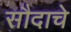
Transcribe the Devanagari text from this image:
सौदाचे